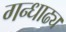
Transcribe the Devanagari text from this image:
गन्धाढ्य